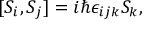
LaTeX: [ S _ { i } , S _ { j } ] = i \hbar \epsilon _ { i j k } S _ { k } ,